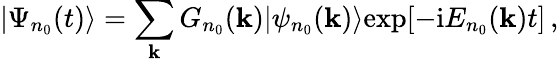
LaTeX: |\Psi_{n_{0}}(t)\rangle=\sum_{\mathbf{k}}G_{n_{0}}(\mathbf{k})|\psi_{n_{0}}(\mathbf{k})\rangle\mathrm{{exp}}[-\mathrm{{i}}E_{n_{0}}(\mathbf{k})t]\, ,